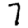
Digit: 7